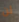
لن